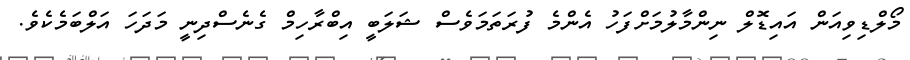
މޯލްޑިވިއަން އައިޑޮލް ނިންމާލުމަށްފަހު އެންމެ ފުރަތަމަވެސް ޝަލަބީ އިބްރާހިމް ގެނެސްދިނީ މަދަހަ އަލްބަމެކެވެ.